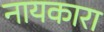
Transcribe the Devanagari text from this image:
नायकारा